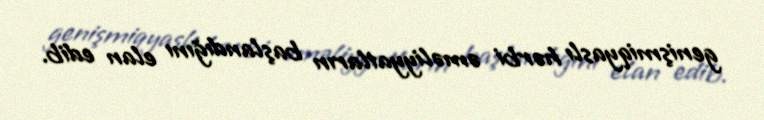
genişmiqyaslı hərbi əməliyyatların başlandığını elan edib.